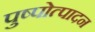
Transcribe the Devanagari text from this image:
पुष्पोत्पादन